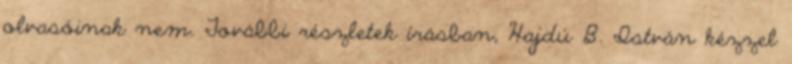
olvasóinak nem. További részletek írásban, Hajdú B. István kézzel